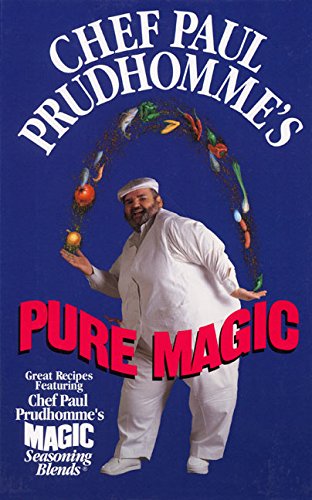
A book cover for Chef Paul Prudhomme's Pure Magic; Paul Prudhomme; Cookbooks, Food & Wine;